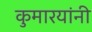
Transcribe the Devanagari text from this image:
कुमारयांनी